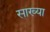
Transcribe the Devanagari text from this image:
साख्या